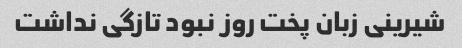
شیرینی زبان پخت روز نبود تازگی نداشت